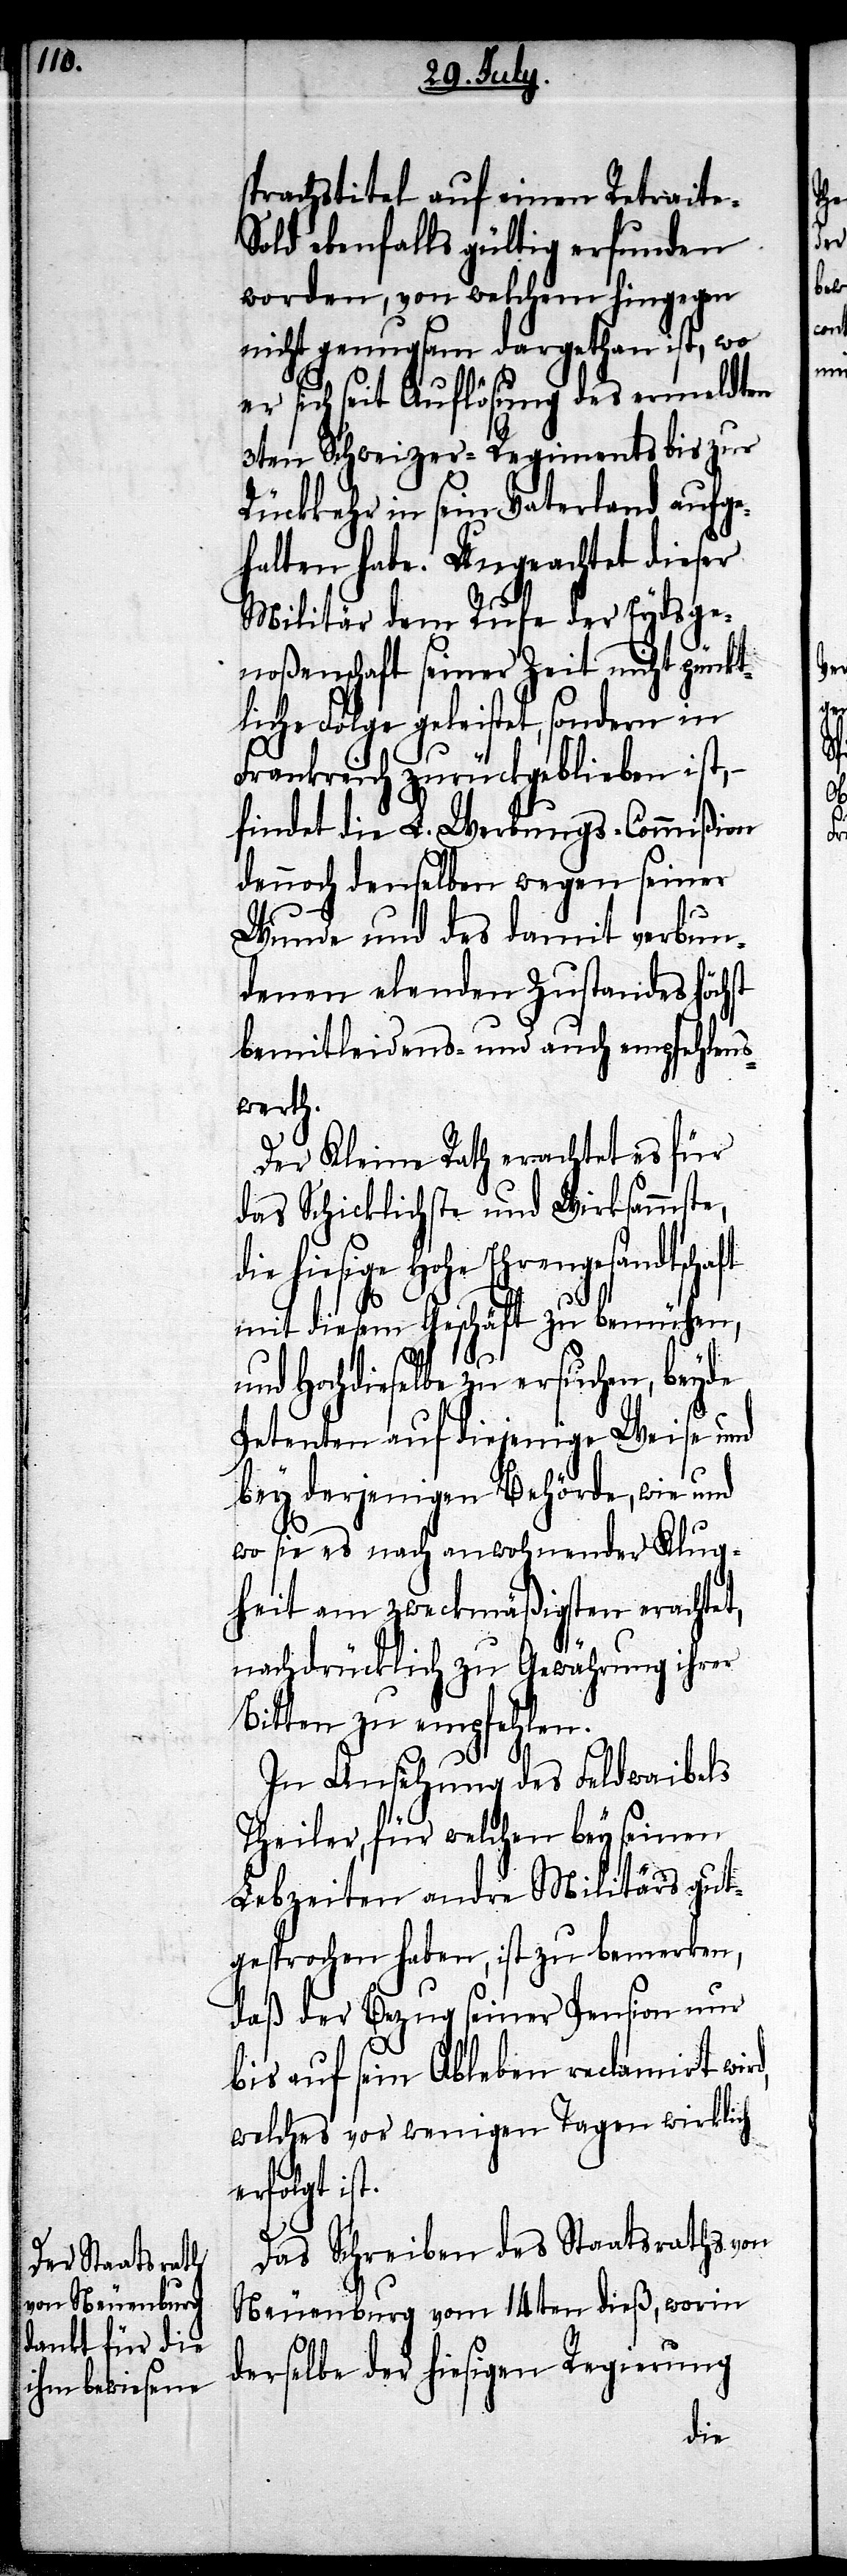
sprachstitel auf einen Retraite-S¬
old ebenfalls gültig erfunden
worden, von welchem hingegen
nicht genugsam dargethan ist, wo
er sich seit Auflösung des ermeldten
3ten Schweizer-Regiments bis zur
Rückkehr in sein Vaterland aufge¬
halten habe. Ungeachtet dieser
Militär dem Rufe der Eydsge¬
noßenschaft seiner Zeit nicht pünkt¬
liche Folge geleistet, sondern in
Frankreich zurückgeblieben ist,
findet die L. Werbungs-Commißion
dennoch denselben wegen seiner
Wunde und des damit verbun¬
denen elenden Zustandes höchst
bemitleidens- und auch empfehlens¬
werth.
Der Kleine Rath erachtet es für
das Schicklichste und Wirksammste,
hiesige Hohe Ehrengesandtschaft
mit diesem Geschäft zu bemühen,
und Hochdieselbe zu ersuchen, beyde
Petenten auf diejenige Weise und
bey derjenigen Behörde, wie und
wo sie es nach anwohnender Klug¬
heit am zweckmäßigsten erachtet,
nachdrücklich zu Gewährung ihrer
Bitten zu empfehlen.
In Ansehung des Feldwaibels
Theiler, für welchen bey seinen
Lebzeiten andre Militärs gut¬
gesprochen haben, ist zu bemerken,
daß der Bezug seiner Pension nur
bis auf sein Ableben reclamirt wird,
welches vor wenigen Tagen wirklich
erfolgt ist.
Das Schreiben des Staatsraths von
Neuenburg vom 14ten dieß,worin
derselbe der hiesigen Regierung
die